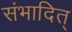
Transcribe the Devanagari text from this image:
संभादित्